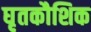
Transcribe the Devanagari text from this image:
घृतकौशिक